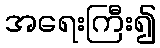
အရေးကြီး၍